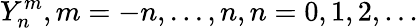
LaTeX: Y_{n}^{m},m=-n,...,n,n=0,1,2,...